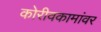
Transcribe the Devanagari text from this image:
कोरीवकामांवर